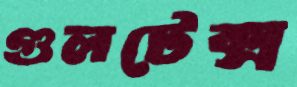
গুলটেক্স